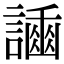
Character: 𧬿